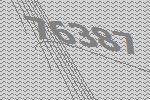
76387